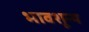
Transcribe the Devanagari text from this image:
भावशून्‍य